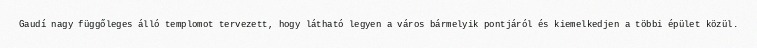
Gaudí nagy függőleges álló templomot tervezett, hogy látható legyen a város bármelyik pontjáról és kiemelkedjen a többi épület közül.